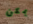
يمكن